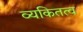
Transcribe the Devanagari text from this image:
व्यकितत्व